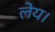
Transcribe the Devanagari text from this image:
लेय।